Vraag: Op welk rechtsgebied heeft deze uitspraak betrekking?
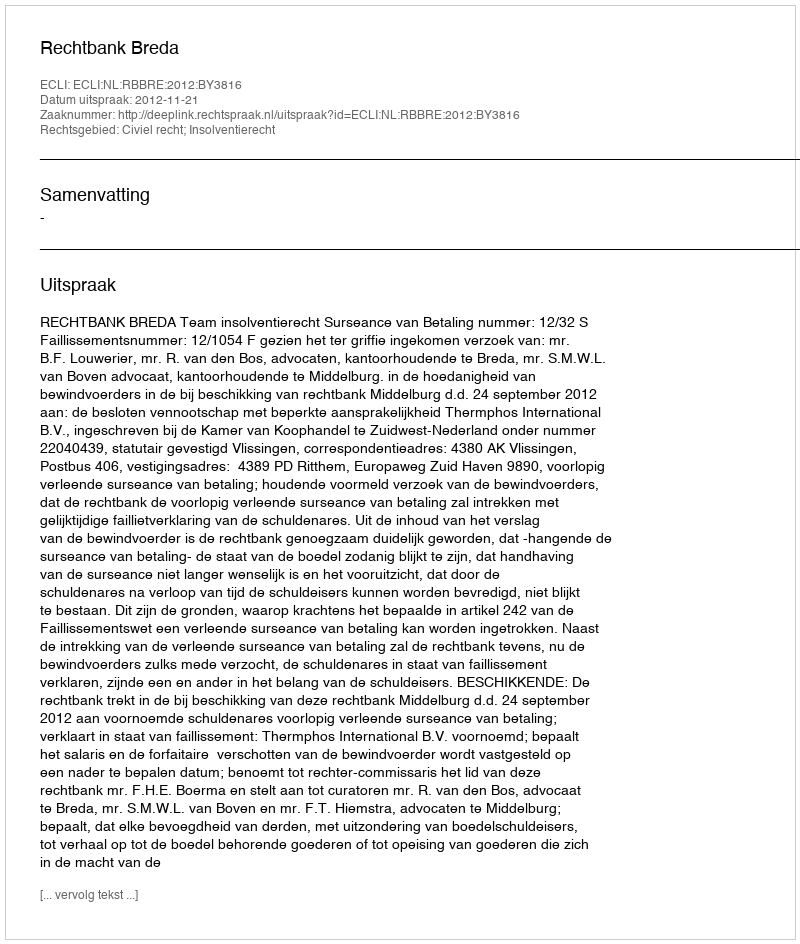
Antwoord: Civiel recht; Insolventierecht